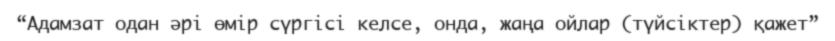
“Адамзат одан әрі өмір сүргісі келсе, онда, жаңа ойлар (түйсіктер) қажет”